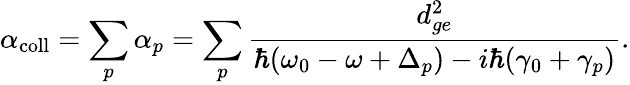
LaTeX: \alpha_{\mathrm{coll}}=\sum_{p}\alpha_{p}=\sum_{p}\frac{d_{ge}^{2}}{\hbar(\omega_{0}-\omega+\Delta_{p})-i\hbar(\gamma_{0}+\gamma_{p})}.